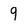
Character: 9